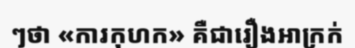
ៗថា «ការកុហក» គឺជារឿងអាក្រក់